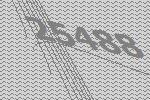
25488